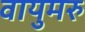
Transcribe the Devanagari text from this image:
वायुमरु